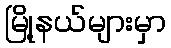
မြို့နယ်များမှာ